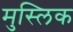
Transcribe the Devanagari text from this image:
मुस्लिक